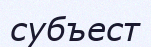
субъест